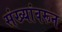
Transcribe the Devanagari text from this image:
संख्यांवरून